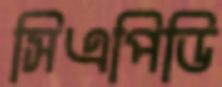
সিএপিডি